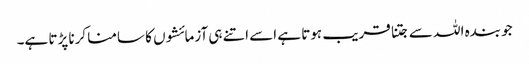
جو بندہ اللہ سے جتنا قریب ہوتا ہے اسے اتنے ہی آزمائشوں کا سامنا کرنا پڑتا ہے۔